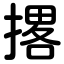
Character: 撂